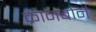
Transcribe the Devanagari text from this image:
क्रानबोर्न